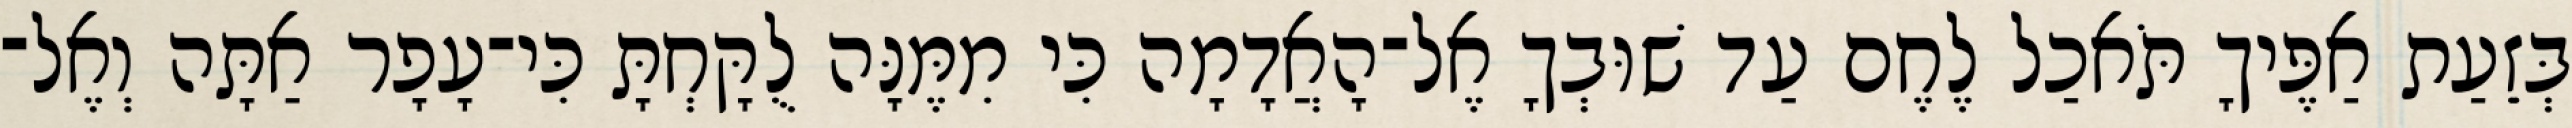
בְּזֵעַת אַפֶּיךָ תֹּאכַל לֶחֶם עַד שׁוּבְךָ אֶל־הָאֲדָמָה כִּי מִמֶּנָּה לֻקָּחְתָּ כִּי־עָפָר אַתָּה וְאֶל־